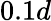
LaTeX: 0.1d